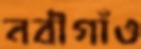
নবীগাঁও